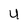
Character: 4